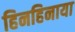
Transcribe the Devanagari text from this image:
हिनहिनाया